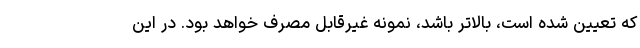
که تعیین شده است،‌ بالاتر باشد، نمونه غیرقابل مصرف خواهد بود. در این